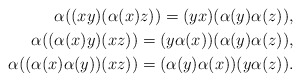
\begin{align*}\alpha((xy)(\alpha(x)z))=(yx)(\alpha(y)\alpha(z)),\\\alpha((\alpha(x)y)(xz))=(y\alpha(x))(\alpha(y)\alpha(z)),\\\alpha((\alpha(x)\alpha(y))(xz))=(\alpha(y)\alpha(x))(y\alpha(z)).\end{align*}